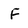
Character: F